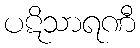
ပဋိသာရဏီ